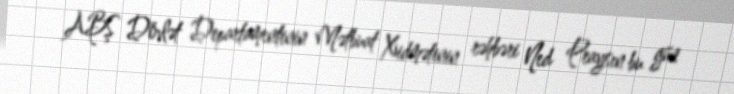
ABŞ Dövlət Departamentinin Mətbuat Xidmətinin rəhbəri Ned Praysın bu gün